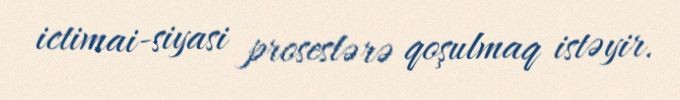
ictimai-siyasi proseslərə qoşulmaq istəyir.